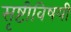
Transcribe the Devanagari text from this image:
सृष्टीविषयी